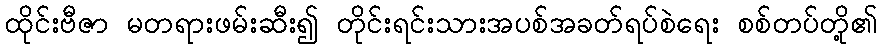
ထိုင်းဗီဇာ မတရားဖမ်းဆီး၍ တိုင်းရင်းသားအပစ်အခတ်ရပ်စဲရေး စစ်တပ်တို့၏